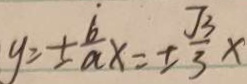
y = \pm \frac { b } { a } x = \pm \frac { \sqrt { 3 } } { 3 } x